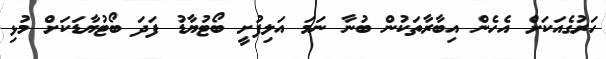
ހަރުގެއަކަށް އެހެން އިބާރާތަކުން ބުނާ ނަމަ އަލިފުށީ ބޯޓުޔާޑު ފަދަ ބޯޓުޔާޑަކަށް މުޅި